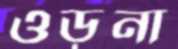
ওড়না